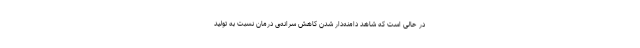
در حالی است که شاهد دامنه‌‌دار شدن کاهش سرانه‌ی درمان نسبت به تولید